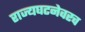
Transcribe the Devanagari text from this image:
राज्यघटनेवरच